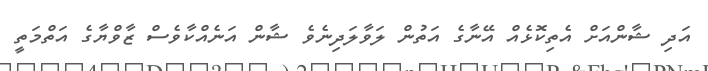
އަދި ޝާންއަށް އެތިކޮޅެއް އޭނާގެ އަތުން ލަވާލަދިނެވެ ޝާން އަނެއްކާވެސް ޒާވްޔާގެ އަތްމަތީ